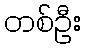
တစ်ဦး